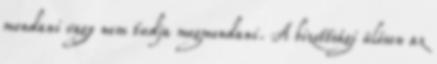
mondani vagy nem tudja megmondani. A bizottsági ülésen az